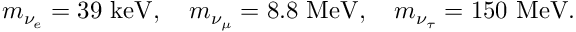
m _ { \nu _ { e } } = 3 9 \mathrm { ~ k e V } , \quad m _ { \nu _ { \mu } } = 8 . 8 \mathrm { ~ M e V } , \quad m _ { \nu _ { \tau } } = 1 5 0 \mathrm { ~ M e V } .